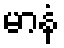
မာနံ